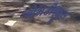
એમડીજીસ